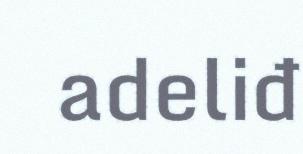
adeliđ